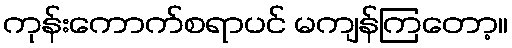
ကုန်းကောက်စရာပင် မကျန်ကြတော့။